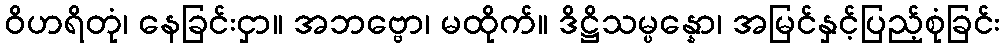
ဝိဟရိတုံ၊ နေခြင်းငှာ။ အဘဗ္ဗော၊ မထိုက်။ ဒိဋ္ဌိသမ္ပန္နော၊ အမြင်နှင့်ပြည့်စုံခြင်း